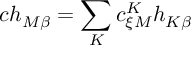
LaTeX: c h _ { M \beta } = \sum _ { K } c _ { \xi M } ^ { K } h _ { K \beta }